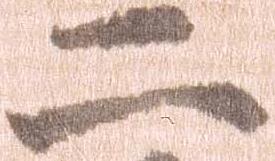
二